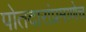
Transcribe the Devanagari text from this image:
पोतदारांप्रमाणेच